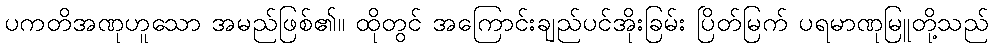
ပကတိအဏုဟူသော အမည်ဖြစ်၏။ ထိုတွင် အကြောင်းချည်ပင်အိုးခြမ်း ပြိတ်မြက် ပရမာဏုမြူတို့သည်